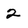
Character: 2